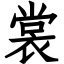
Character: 裳